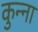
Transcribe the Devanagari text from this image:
कुन्ना